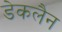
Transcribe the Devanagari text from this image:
डेकलैन